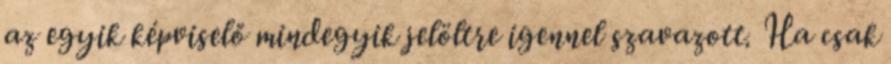
az egyik képviselő mindegyik jelöltre igennel szavazott. Ha csak